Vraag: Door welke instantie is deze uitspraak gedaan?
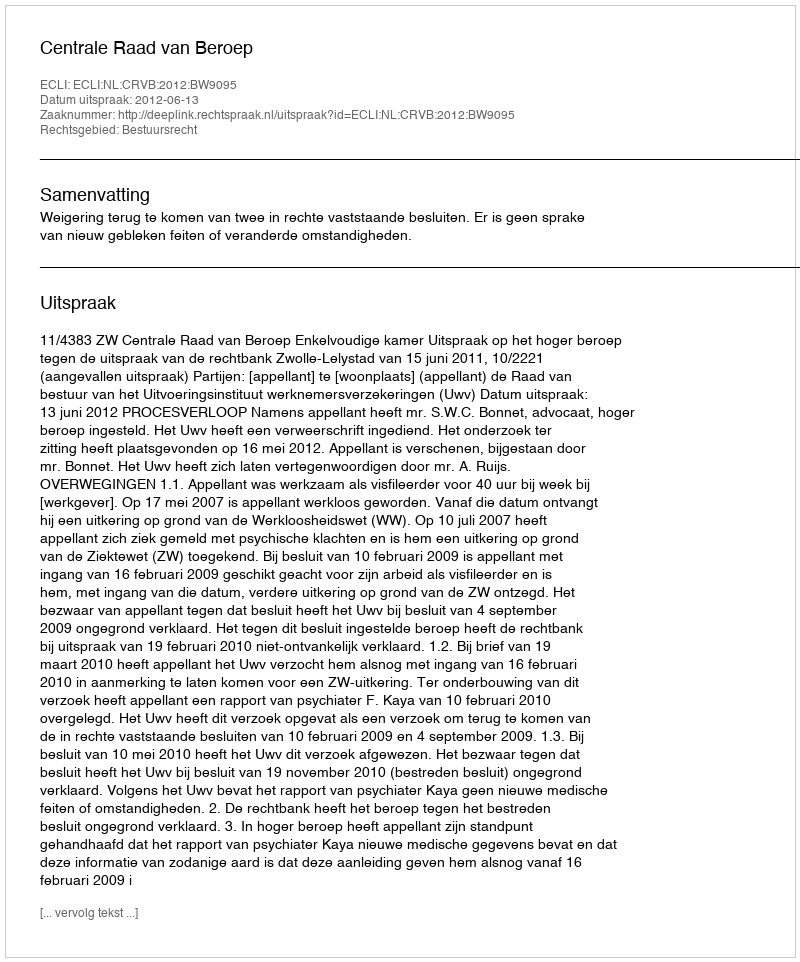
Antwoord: Centrale Raad van Beroep